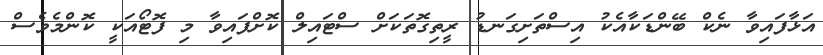
އަޅާފައިވާ ނެކް ބޭންޑަކާއެކު އިސްތަށިގަނޑު ރީތިގޮތަކަށް ސްޓައިލް ކޮށްފައިވާ މި ފޮޓޯއަކީ ކޮންމެވެސް